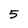
Character: 5